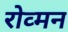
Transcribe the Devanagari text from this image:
रोव्मन